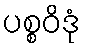
ပစ္စဝိဒုံ